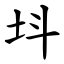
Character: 㘰